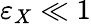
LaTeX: \varepsilon_{X}\ll 1